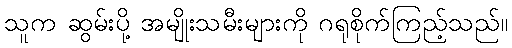
သူက ဆွမ်းပို့ အမျိုးသမီးများကို ဂရုစိုက်ကြည့်သည်။